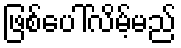
ဖြစ်ပေါ်လိမ့်မည်